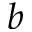
b